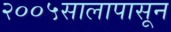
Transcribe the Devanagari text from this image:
२००५सालापासून